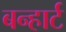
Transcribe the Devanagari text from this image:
बन्हार्ट